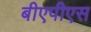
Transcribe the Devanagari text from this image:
बीएपीएस